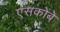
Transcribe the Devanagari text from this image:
एंसकोंबे